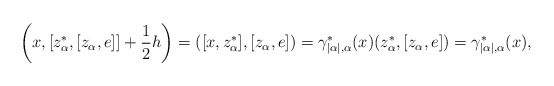
\begin{align*}\bigg(x,[z_\alpha^*,[z_\alpha,e]]+\frac{1}{2}h\bigg)=([x,z_\alpha^*],[z_\alpha,e])=\gamma^*_{|\alpha|,\alpha}(x)(z_\alpha^*,[z_\alpha,e])=\gamma^*_{|\alpha|,\alpha}(x),\end{align*}